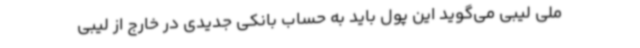
ملی لیبی می‌گوید این پول باید به حساب بانکی جدیدی در خارج از لیبی